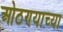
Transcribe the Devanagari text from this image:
ओठण्याच्या